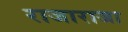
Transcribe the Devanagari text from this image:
राजाराजा